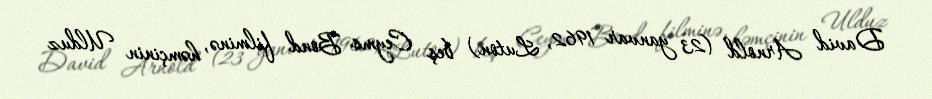
David Arnold (23 yanvar 1962, Luton) beş Ceyms Bond filminə, həmçinin Ulduz